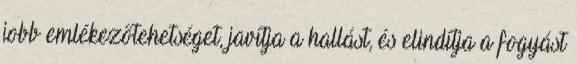
jobb emlékezőtehetséget, javítja a hallást, és elindítja a fogyást